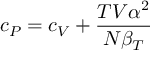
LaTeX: c _ { P } = c _ { V } + { \frac { T V \alpha ^ { 2 } } { N \beta _ { T } } }